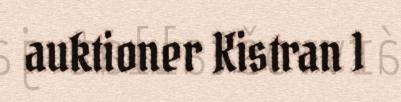
auktioner Kistran 1